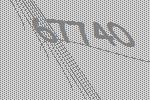
67740